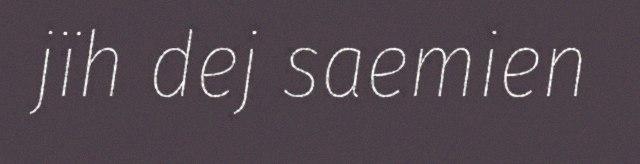
jïh dej saemien